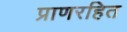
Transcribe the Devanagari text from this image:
प्राणरहित